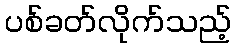
ပစ်ခတ်လိုက်သည့်